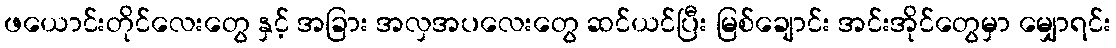
ဖယောင်းတိုင်လေးတွေ နှင့် အခြား အလှအပလေးတွေ ဆင်ယင်ပြီး မြစ်ချောင်း အင်းအိုင်တွေမှာ မျှောရင်း